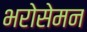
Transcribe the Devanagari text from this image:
भरोसेमन